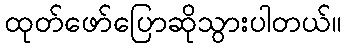
ထုတ်ဖော်ပြောဆိုသွားပါတယ်။